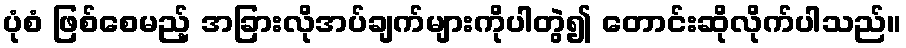
ပုံစံ ဖြစ်စေမည့် အခြားလိုအပ်ချက်များကိုပါတွဲ၍ တောင်းဆိုလိုက်ပါသည်။